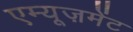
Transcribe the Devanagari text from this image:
एम्यूज़मेंट